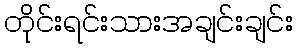
တိုင်းရင်းသားအချင်းချင်း